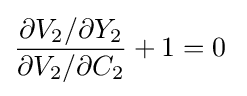
{\frac {\partial V_{2}/\partial Y_{2}}{\partial V_{2}/\partial C_{2}}}+1=0\;